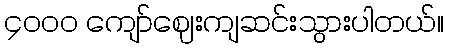
၄၀၀၀ ကျော်ဈေးကျဆင်းသွားပါတယ်။